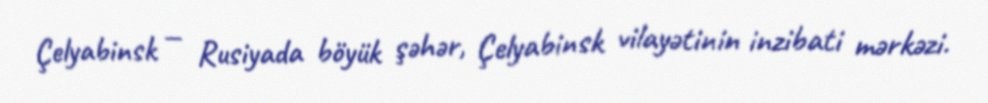
Çelyabinsk — Rusiyada böyük şəhər, Çelyabinsk vilayətinin inzibati mərkəzi.